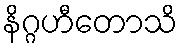
နိဂ္ဂဟီတောသိ